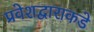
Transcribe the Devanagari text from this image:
प्रवेशद्वाराकडे